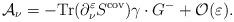
LaTeX: \begin{align*}{\cal A}_\nu =-{\rm Tr}(\partial _\nu ^\varepsilon S^{{\rm cov}})\gamma\cdot G^{-}+{\cal O}(\varepsilon ).\end{align*}